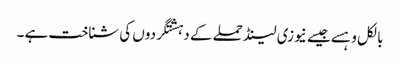
بالکل وہسے جیسے نیوزی لینڈ حملے کے دہشتگردوں کی شناخت ہے ۔